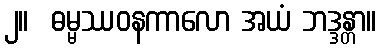
၂။  ဓမ္မဿဝနကာလော အယံ ဘဒ္ဒန္တာ။